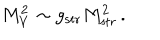
M _ { V } ^ { 2 } \sim g _ { \mathrm { s t r } } M _ { \mathrm { s t r } } ^ { 2 } \, .